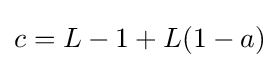
c=L-1+L(1-a)